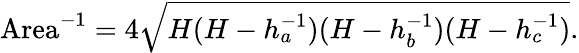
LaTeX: \mathrm{Area}^{-1}=4{\sqrt{H(H-h_{a}^{-1})(H-h_{b}^{-1})(H-h_{c}^{-1})}}.